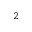
^ { 2 }